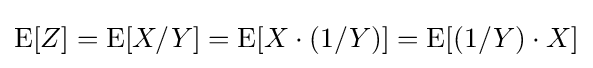
\operatorname {E} [Z]=\operatorname {E} [X/Y]=\operatorname {E} [X\cdot (1/Y)]=\operatorname {E} [(1/Y)\cdot X]